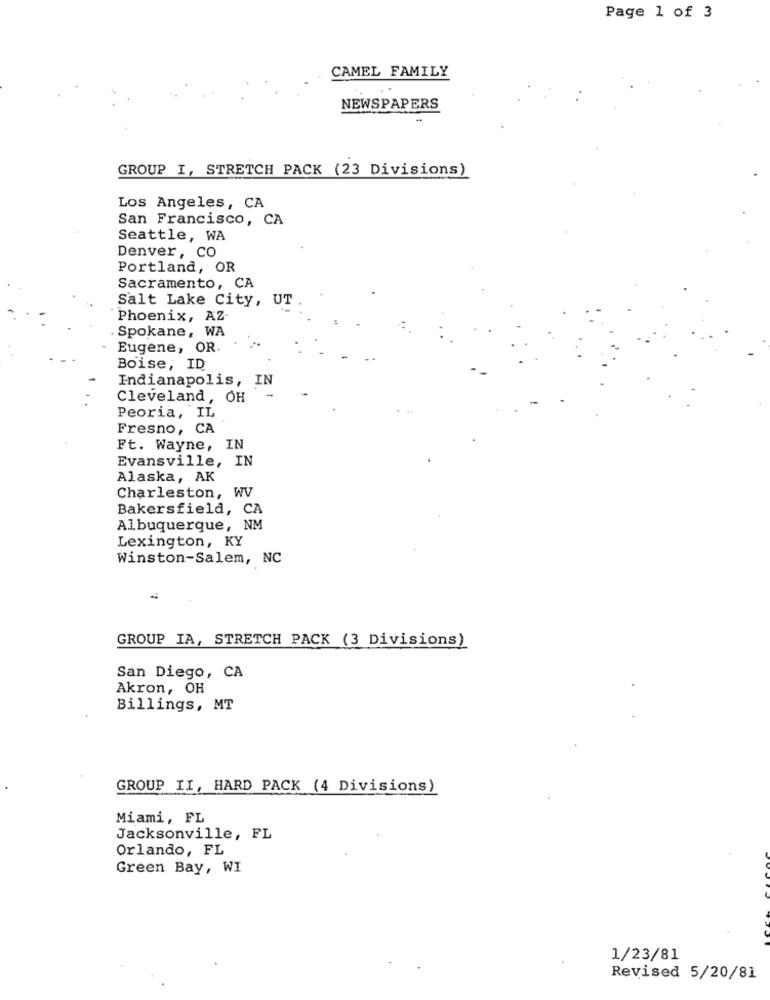
Page 1 of 3
CAMEL FAMILY
NEWSPAPERS
GROUP I, STRETCH PACK (23 Divisions)
Los Angeles, CA
San Francisco, CA
Seattle, WA
Denver, CO
Portland, OR
Sacramento, CA
Salt Lake City, UT
Phoenix, AZ-
. Spokane, WA
Eugene, OR.
Boise, ID
Indianapolis, IN
Cleveland, OH
Peoria, IL
Fresno, CA
Ft. Wayne, IN
Evansville, IN
Alaska, AK
Charleston, WV
Bakersfield, CA
Albuquerque, NM
Lexington, KY
Winston-Salem, NC
-
GROUP IA, STRETCH PACK (3 Divisions)
San Diego, CA
Akron, OH
Billings, MT
GROUP II, HARD PACK (4 Divisions)
Miami, FL
Jacksonville, FL
Orlando, FL
Green Bay, WI
1/23/81
Revised 5/20/81